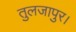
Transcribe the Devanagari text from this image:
तुलजापुर।